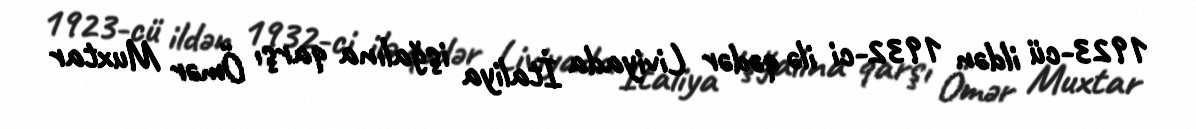
1923-cü ildən 1932-ci ilə qədər Liviyada İtaliya işğalına qarşı Ömər Muxtar